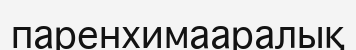
паренхимааралық